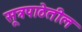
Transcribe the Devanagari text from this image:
सूत्रपाठेतील